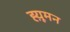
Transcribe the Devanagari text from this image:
ह्य़ूमन